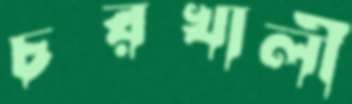
চরখালী